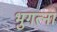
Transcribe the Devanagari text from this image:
भुगत्ना